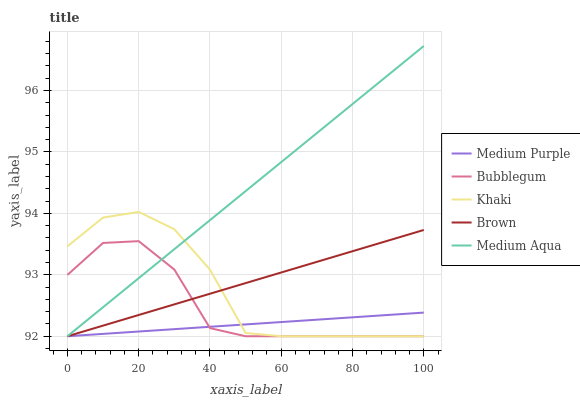
| xaxis_label | Medium Purple | Bubblegum | Khaki | Brown | Medium Aqua |
 | --- | --- | --- | --- | --- | --- |
 | 0 | 92 | 93 | 93.5 | 92 | 92 |
 | 10 | 92 | 93.5 | 93.9 | 92.2 | 92.5 |
 | 20 | 92.1 | 93.5 | 94 | 92.3 | 92.9 |
 | 30 | 92.1 | 93.1 | 93.7 | 92.5 | 93.4 |
 | 40 | 92.2 | 92.1 | 93.1 | 92.7 | 93.9 |
 | 50 | 92.2 | 92 | 92.1 | 92.9 | 94.4 |
 | 60 | 92.2 | 92 | 92 | 93 | 94.8 |
 | 70 | 92.3 | 92 | 92 | 93.2 | 95.3 |
 | 80 | 92.3 | 92 | 92 | 93.4 | 95.8 |
 | 90 | 92.3 | 92 | 92 | 93.6 | 96.3 |
 | 100 | 92.4 | 92 | 92 | 93.7 | 96.7 |